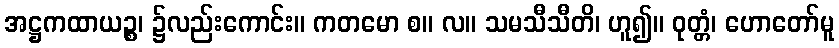
အဋ္ဌကထာယဉ္စ၊ ၌လည်းကောင်း။ ကတမော စ။ လ။ သမသီသီတိ၊ ဟူ၍။ ဝုတ္တံ၊ ဟောတော်မူ